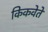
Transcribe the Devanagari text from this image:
किकवेते